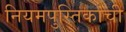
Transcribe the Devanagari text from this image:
नियमपुस्तिकांची